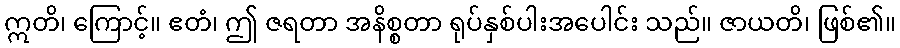
ဣတိ၊ ကြောင့်။ ဧတံ၊ ဤ ဇရတာ အနိစ္စတာ ရုပ်နှစ်ပါးအပေါင်း သည်။ ဇာယတိ၊ ဖြစ်၏။